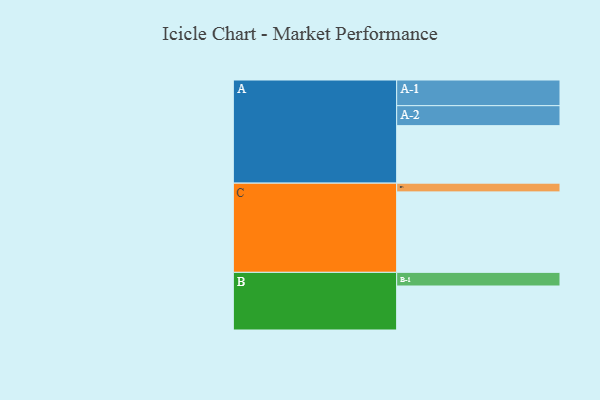
{"axis": {"x": "Segment", "y": "Value"}, "legend": ["", "A", "B", "C"], "data": [{"x": "A", "y": 421, "type": ""}, {"x": "B", "y": 322, "type": ""}, {"x": "C", "y": 589, "type": ""}, {"x": "A-1", "y": 188, "type": "A"}, {"x": "A-2", "y": 146, "type": "A"}, {"x": "B-1", "y": 100, "type": "B"}, {"x": "C-1", "y": 64, "type": "C"}]}